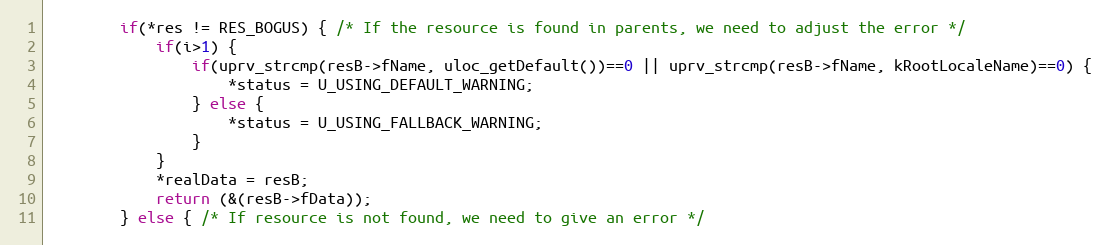
Language: C++
        if(*res != RES_BOGUS) { /* If the resource is found in parents, we need to adjust the error */
            if(i>1) {
                if(uprv_strcmp(resB->fName, uloc_getDefault())==0 || uprv_strcmp(resB->fName, kRootLocaleName)==0) {
                    *status = U_USING_DEFAULT_WARNING;
                } else {
                    *status = U_USING_FALLBACK_WARNING;
                }
            }
            *realData = resB;
            return (&(resB->fData));
        } else { /* If resource is not found, we need to give an error */